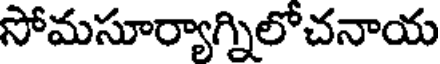
సోమసూర్యాగ్నిలోచనాయ